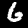
Digit: 6